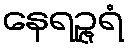
နေရဉ္ဇရံ